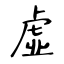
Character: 虛